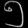
Digit: ၅